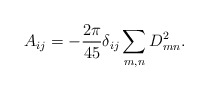
\begin{align*}A_{ij} = -\frac{2 \pi}{45} \delta_{ij} \sum_{m,n} D_{mn}^2.\end{align*}